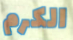
الكرم